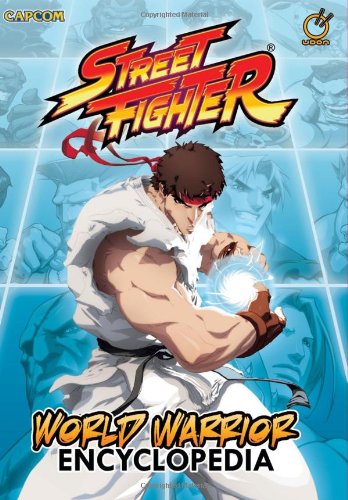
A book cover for Street Fighter World Warrior Encyclopedia; Matt Moylan; Reference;